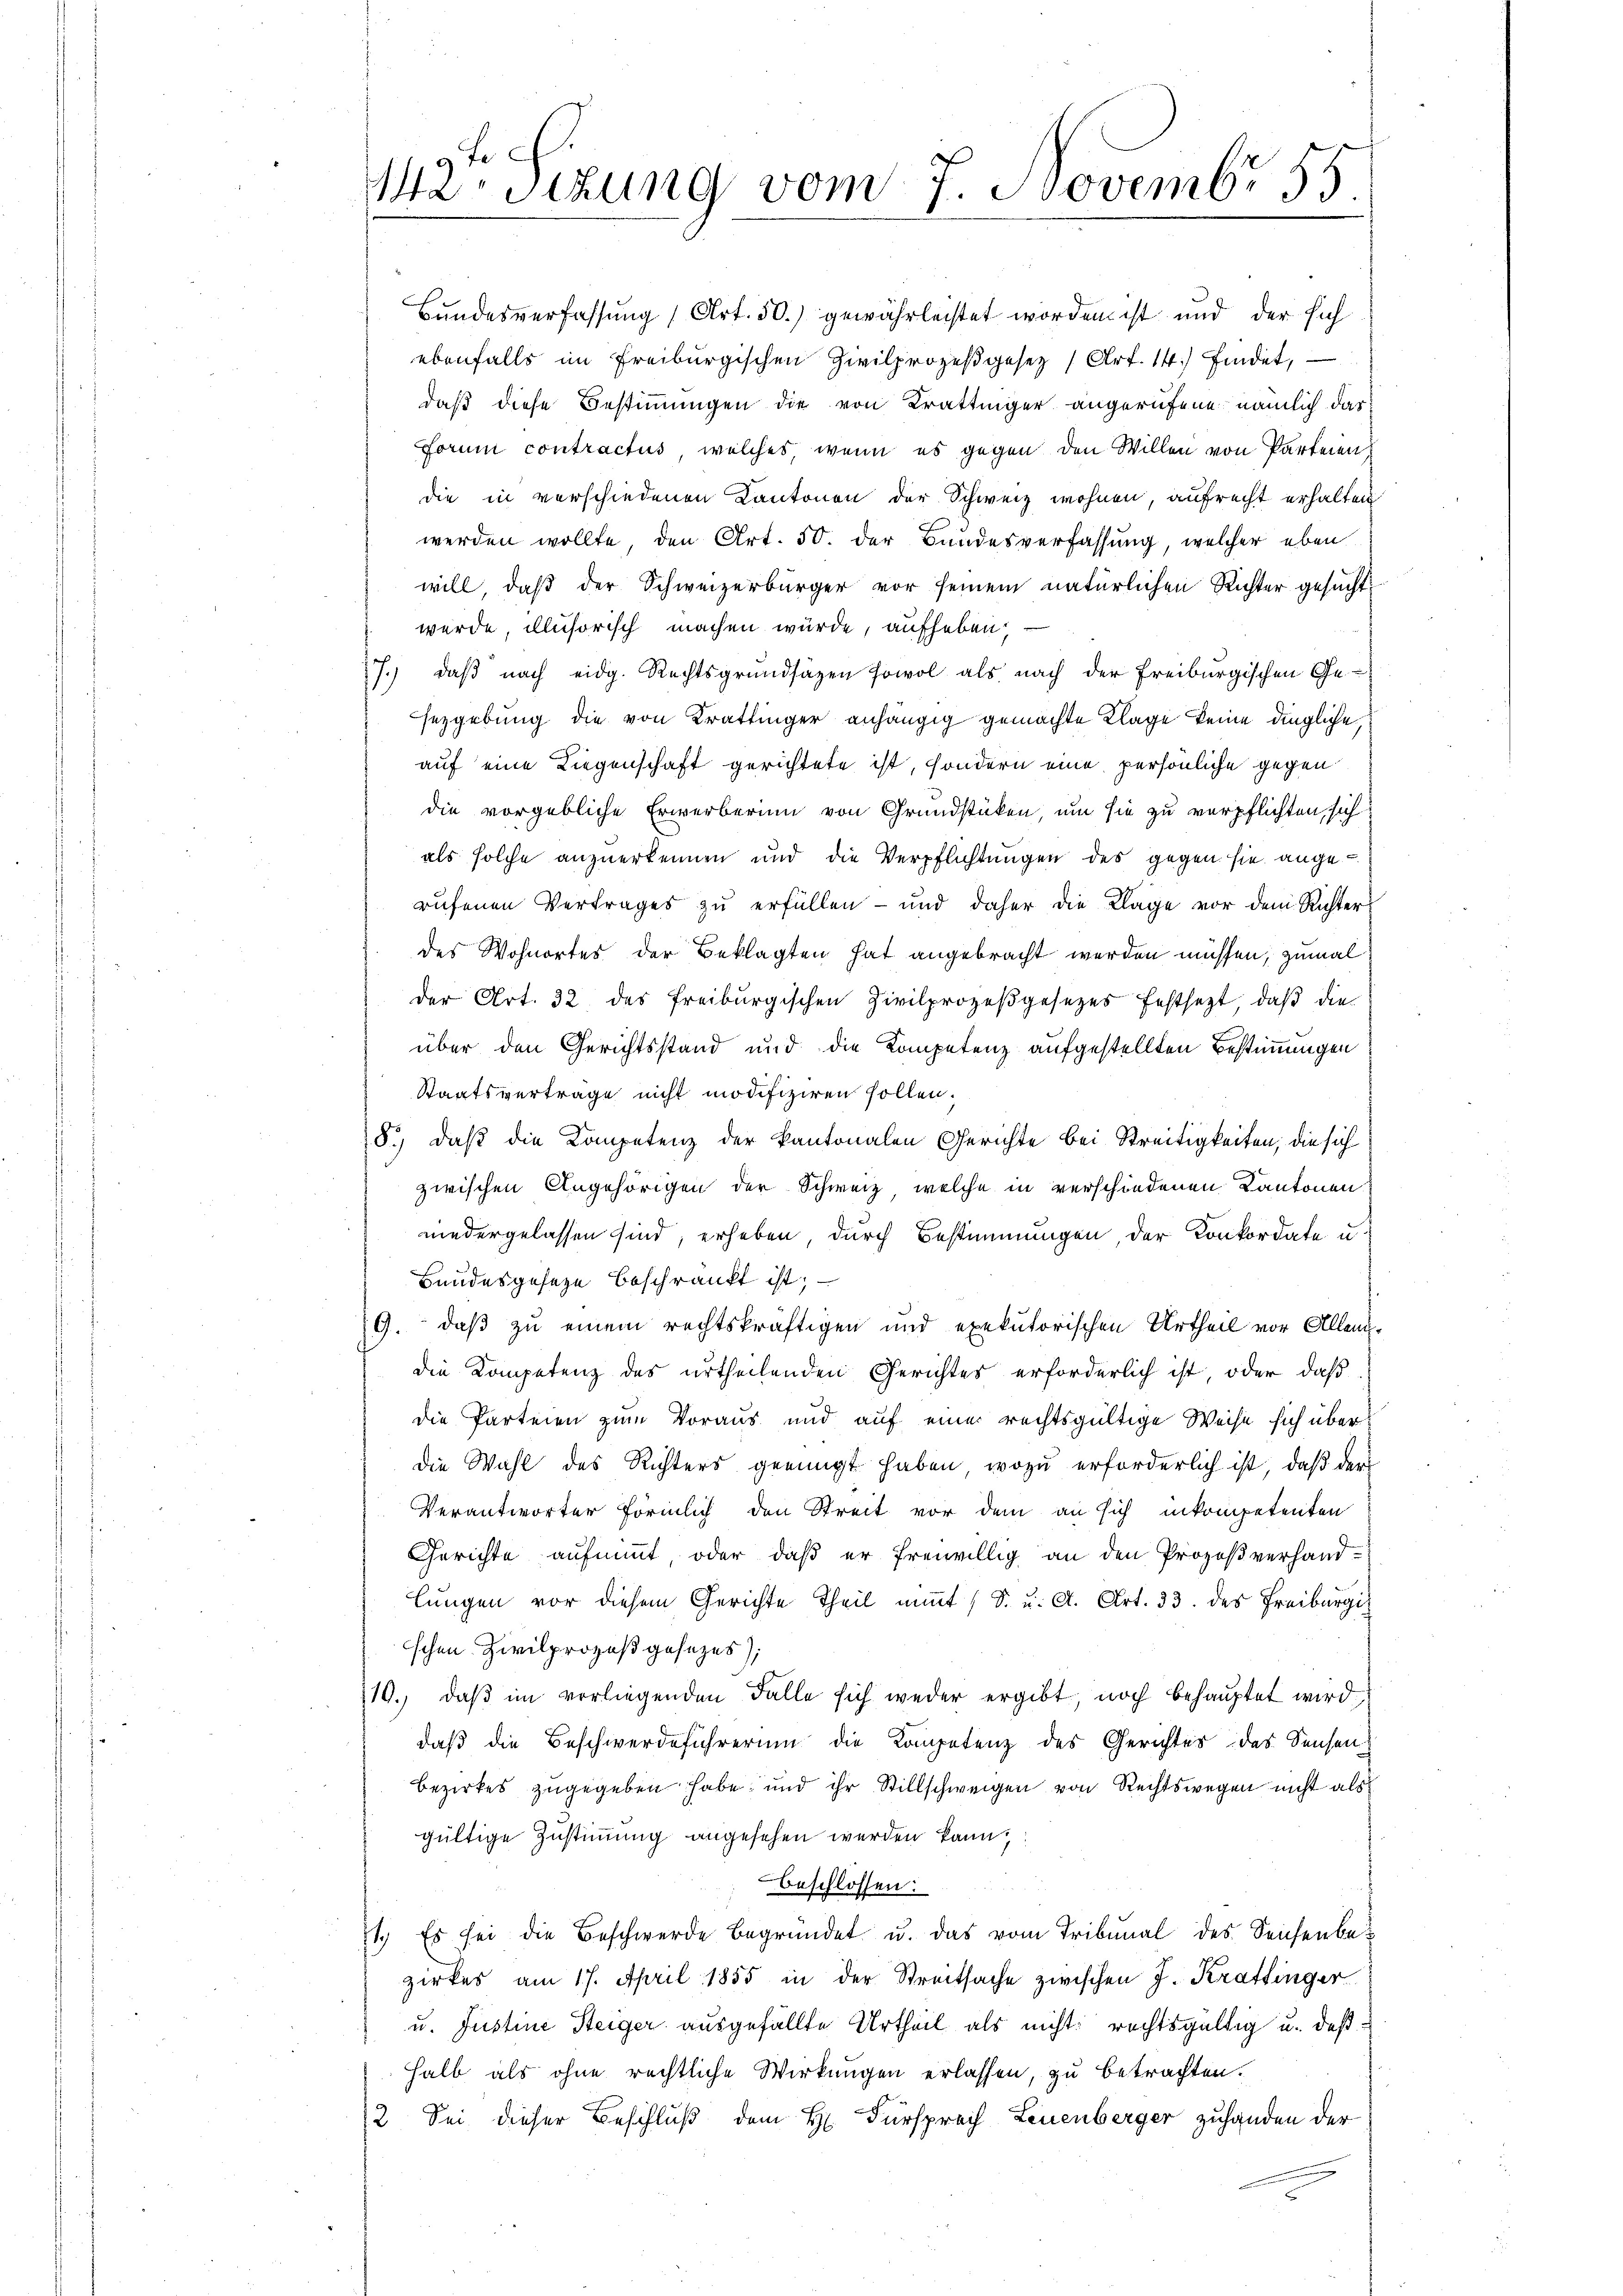
Fe
142. Sizung vom 7. Novembr 55

Bundesverfassung (Art. 50.) gewährleistet worden ist und der sich
ebenfalls im Freiburgischen Zivilprozeβgesetz (Art. 14.) findet,
daß diese Bestimmungen die von Krattinger angerufene nämlich das
Forum contractus, welches, wenn es gegen den Willen von Parteien,
die in verschiedenen Kantonen der Schweiz wohnen, aufrecht erhalten
werden wollte, den Art. 50. der Bandesverfassung, welcher eben
will, daß der Schweizerbürger vor seinem natürlichen Richter gesucht
werde, illusorisch machen würde, aufheben:
7.) daß nach eidg. Rechtsgrundsazen sowol als nach der Freiburgischen Ge-
sezgebung die von Krattinger anhängig gemachte Klage keine dingliche,
auf eine Liegenschaft gerichtete ist, sondern eine persönliche gegen
die vorgebliche Erwerberinn von Grundstücken, um sie zu verpflichten, sich
als solche anzuerkennen und die Verpflichtungen des gegen sie angerufenen Vertrages zu erfüllen - und daher die Klage vor dem Richterdes Wohnortes der Beklagten hat angebracht werden müssen, zumal
der Art. 32 des Freiburgischen Zivilprozeßgesezes festsezt, daß die
über den Gerichtsstand und die Kompetenz aufgestellten Bestimmungen
Staatsverträge nicht modifiziren sollen.
8.) Daß die Kompetenz der kantonalen Gerichte bei Streitigkeiten, die sich
zwischen Angehörigen der Schweiz, welche in verschiedenen Kantonen
niedergelassen sind, erheben, durch Bestimmungen der Konkordate u.
Bundesgeseze beschränkt ist;
G. daß zu einem rechtskräftigen und exekutorischen Urtheil vor Allendie Kompetenz des urtheilenden Gerichtes erforderlich ist oder daß
die Parteien zum Voraus und auf eine rechtsgültige Weise sich überdie Wahl des Richters geeingt haben, wozu erforderlich ist, daß der
Verantworter förmlich den Streit vor dem an sich inkompetenten
Gerichte aufnimmt, oder daß er freiwillig an den Prozeßverhand-
lungen vor diesem Gerichte Theil niṁt (S. u. A. Art. 33. des Freiburgi
schen Zivilprozeß gesezes)
10.) daß im vorliegenden Falle sich weder ergibt, noch behauptet wird
daß die Beschwerdeführerum die Kompetenz des Gerichtes des Sensen¬
Bezirkes zugegeben habe; und ihr Stillschweigen von Rechtswegen nicht als
gültige Zustimmung angesehen werden kann,
beschlossen:
1.) Es sei die Beschwerde begründet u. das vom Tribunal des Seichenbezirkes am 17. April 1855 in der Streitsache zwischen J. Kraffinger
u. Justine Steiger ausgefällte Urtheil als nicht rechtsgültig u. daß
halb als ohne rechtliche Wirkungen erlassen, zu betrachten.
2. Sei dieser Beschluß dem H. Fürsprach Leuenberger zuhanden der